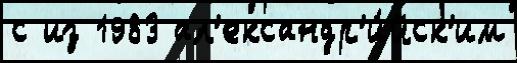
с из 1983 ал'ександр'и́йск'им